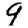
Digit: 9